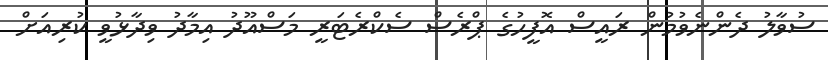
ސުވާލު ދެންނެވުމުން ރައީސް އޮފީހުގެ ޕްރެސް ސެކްރެޓަރީ މަސްއޫދު އިމާދު ވިދާޅުވީ ކުރިއަށް